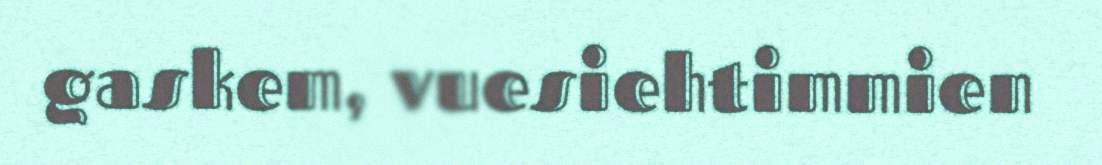
gaskem, vuesiehtimmien